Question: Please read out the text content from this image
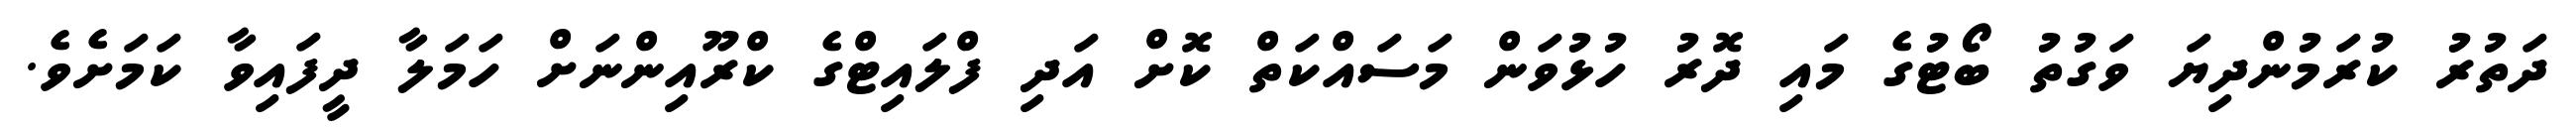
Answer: ދަތުރު ކުރަމުންދިޔަ ވަގުތު ބޯޓުގެ މައި ދޮރު ހުޅުވަން މަސައްކަތް ކޮށް އަދި ފްލައިޓްގެ ކްރޫއިންނަށް ހަމަލާ ދީފައިވާ ކަމަށެވެ.